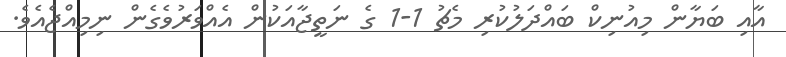
އާއި ބަޔާން މިއުނިކް ބައްދަލުކުރި މެޗު 1-1 ގެ ނަތީޖާއަކުން އެއްވަރުވެގެން ނިމިއްޖެއެވެ.